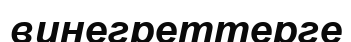
винегреттерге